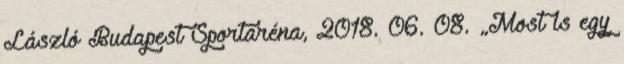
László Budapest Sportaréna, 2018. 06. 08. „Most is egy